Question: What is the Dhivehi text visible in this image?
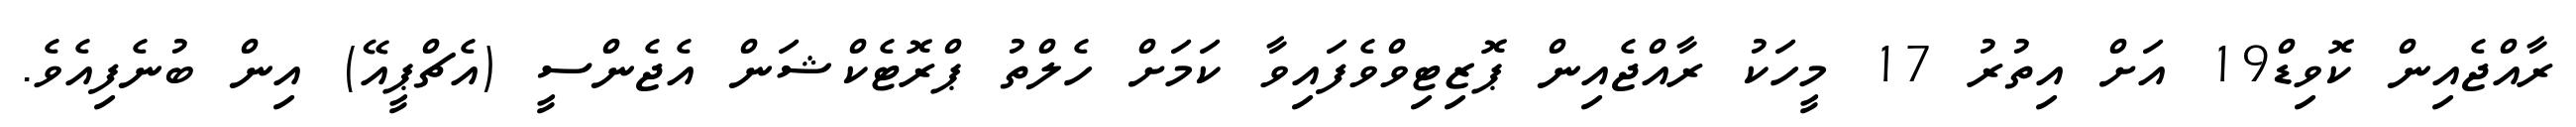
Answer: ރާއްޖެއިން ކޮވިޑް19 އަށް އިތުރު 17 މީހަކު ރާއްޖެއިން ޕޮޒިޓިވްވެފައިވާ ކަމަށް ހެލްތު ޕްރޮޓެކްޝަން އެޖެންސީ (އެޗްޕީއޭ) އިން ބުނެފިއެވެ.